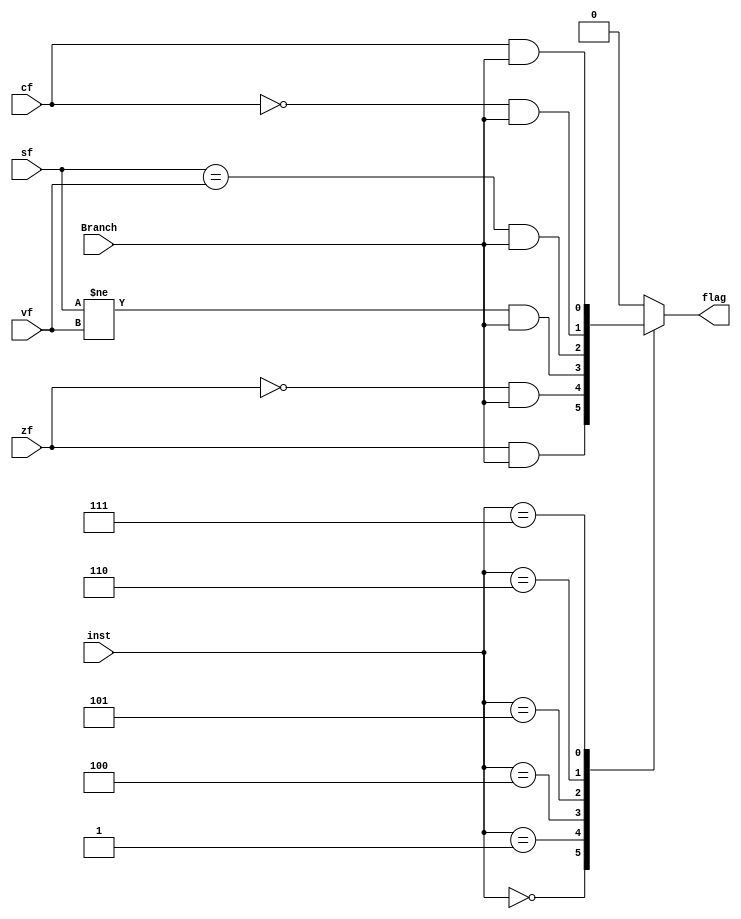
module Branch_Unit(
  input [2:0]inst,
  input cf, zf, vf, sf,Branch,
  output reg flag);
  
  always @* begin
    case(inst)
    3'b000: begin
      flag = zf & Branch; // BEQ
    end
    3'b001: begin
      flag = ~(zf) & Branch; // BNE
    end
    3'b100: begin
      flag = (sf != vf) & Branch; // BLT
    end
    3'b101: begin
      flag = (sf == vf) & Branch; // BGE
    end
    3'b110: begin
      flag = ~cf & Branch; // BLTU
    end
    3'b111: begin
      flag = cf & Branch; // BGEU
    end
    default: begin
      flag = 1'b0; // Default case to handle unexpected values
    end
  endcase
end
  
endmodule